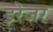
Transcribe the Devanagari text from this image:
इरेजर